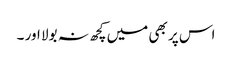
اس پر بھی میں کچھ نہ بولا اور ۔